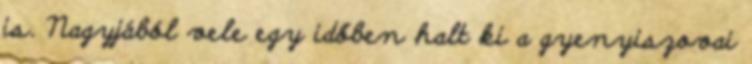
is. Nagyjából vele egy időben halt ki a gyenyiszovai